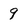
Character: 9